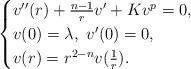
LaTeX: \begin{align*} \begin{cases} v''(r)+\frac{n-1}{r}v'+Kv^p=0, & \hbox{}\\ v(0)=\lambda,\ v'(0)=0, \\ v(r)=r^{2-n}v(\frac{1}{r}). \end{cases}\end{align*}